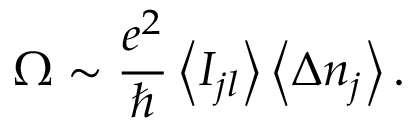
\Omega \sim \frac { e ^ { 2 } } { \hbar } \left\langle I _ { j l } \right\rangle \left\langle \Delta n _ { j } \right\rangle .